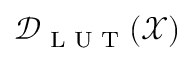
\mathcal { D } _ { \textrm { L U T } } ( \mathcal { X } )